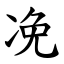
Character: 凂